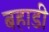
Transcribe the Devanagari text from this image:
बहाडी